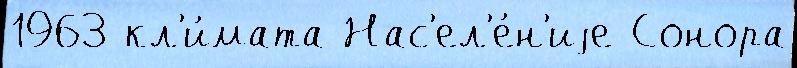
1963 кл'и́мата Нас'ел'е́н'иjе Сонора